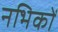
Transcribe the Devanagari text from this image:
नभिकों